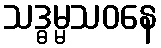
သဒ္ဓမ္မသဝနေ